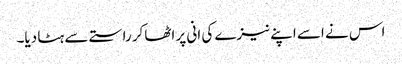
اس نے اسے اپنے نیزے کی انی پر اٹھاکر راستے سے ہٹا دیا۔